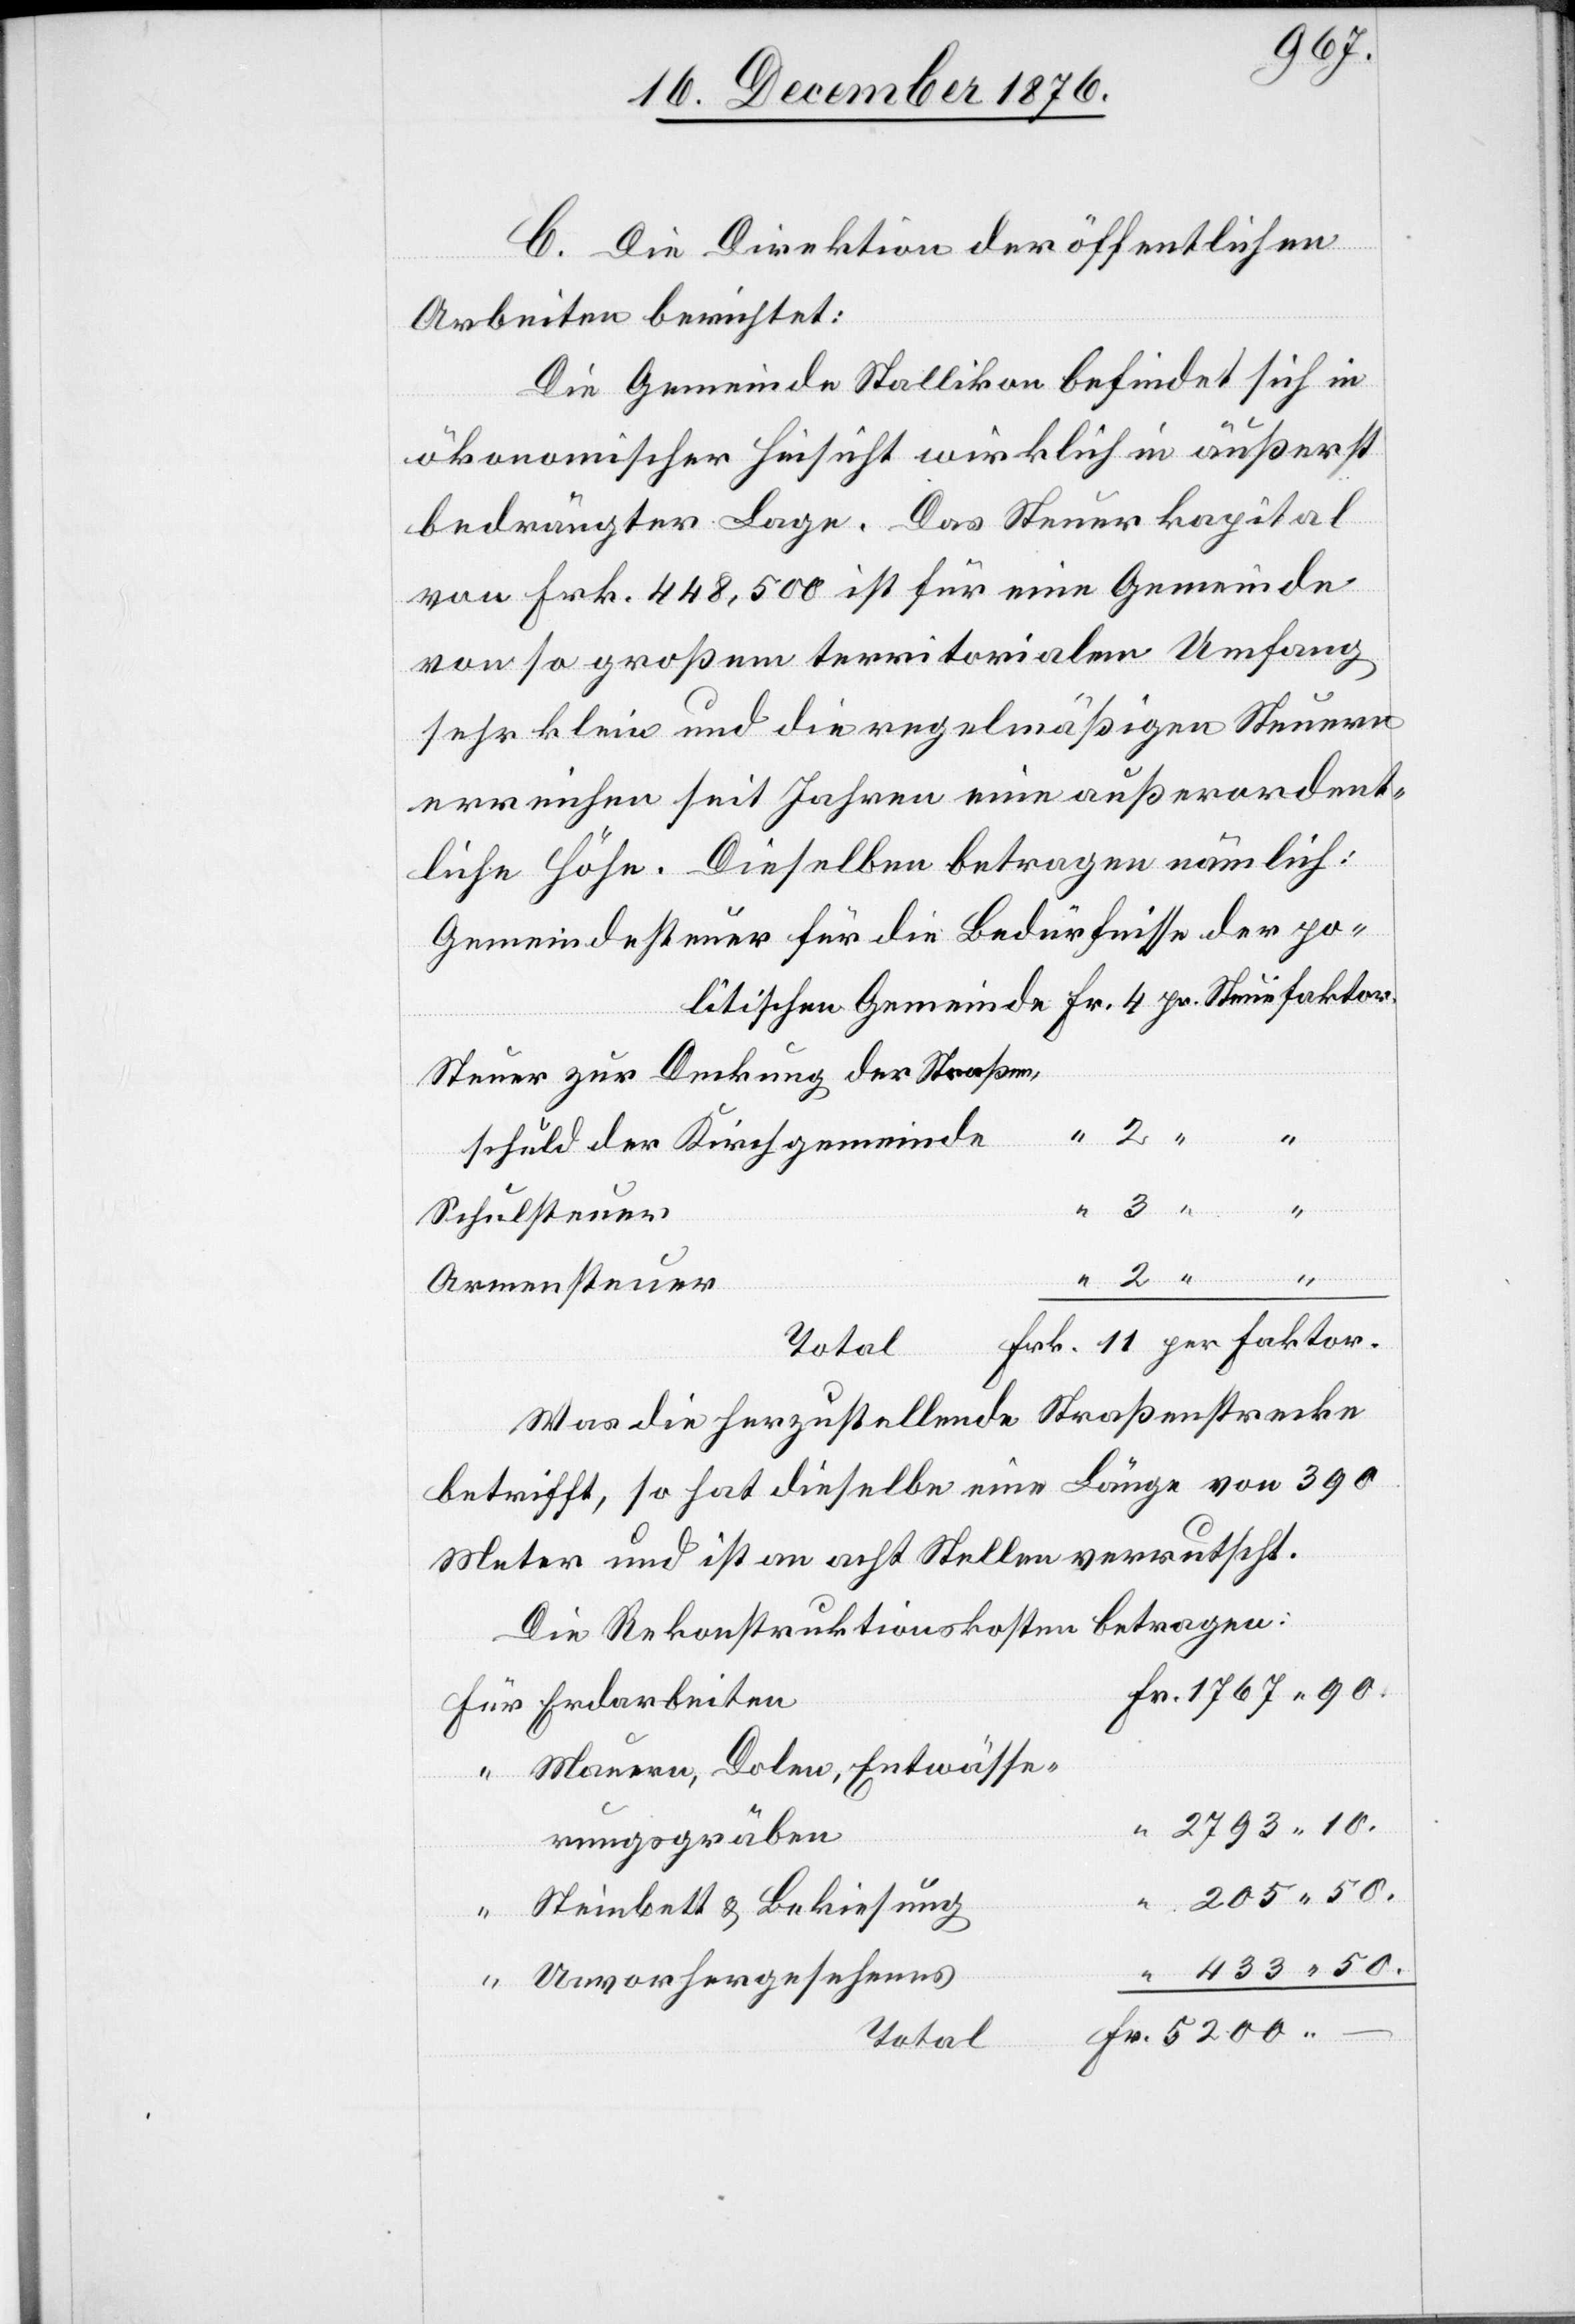
90.
C. Die Direktion der öffentlichen
Arbeiten berichtet:
Die Gemeinde Stallikon befindet sich in
ökonomischer Hinsicht wirklich in äußerst
bedrängter Lage. Das Steuerkapital
von Frk. 448,500 ist für eine Gemeinde
von so großem territorialem Umfang
sehr klein und die regelmäßigen Steuern
erreichen seit Jahren eine außerordent¬
liche Höhe. Dieselben betragen nämlich:
Gemeindesteuer für die Bedürfnisse der po¬
Steuer zur Deckung der Straßen¬
schuld der Kirchgemeinde
Schulsteuer
Erdarbeiten
Armensteuer
Fr.
Total
Was die herzustellende Straßenstrecke
betrifft, so hat dieselbe eine Länge von 390
Meter und ist an acht Stellen verrutscht.
Die Rekonstruktionskosten betragen:
Mauern, Dolen, Entwässe¬
rungsgräben
Steinbett & Bekiesung
Unvorhergesehenes
Total